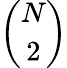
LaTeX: \binom{N}{2}